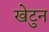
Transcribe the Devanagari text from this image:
खेटुन